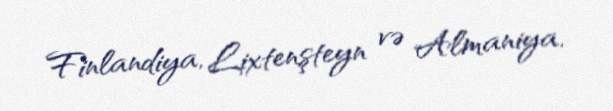
Finlandiya, Lixtenşteyn və Almaniya.